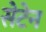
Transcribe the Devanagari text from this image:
सेटेन